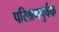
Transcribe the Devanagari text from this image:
परिश्रमपुर्वक